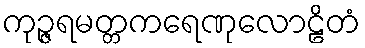
ကုဉ္ဇရမတ္တကရေဏုလောဠိတံ